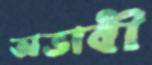
অভাবী